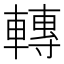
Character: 轉